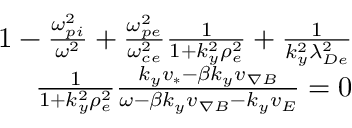
\begin{array} { r } { 1 - \frac { \omega _ { p i } ^ { 2 } } { \omega ^ { 2 } } + \frac { \omega _ { p e } ^ { 2 } } { \omega _ { c e } ^ { 2 } } \frac { 1 } { 1 + k _ { y } ^ { 2 } \rho _ { e } ^ { 2 } } + \frac { 1 } { k _ { y } ^ { 2 } \lambda _ { D e } ^ { 2 } } } \\ { \frac { 1 } { 1 + k _ { y } ^ { 2 } \rho _ { e } ^ { 2 } } \frac { k _ { y } v _ { * } - \beta k _ { y } v _ { \nabla B } } { \omega - \beta k _ { y } v _ { \nabla B } - k _ { y } v _ { E } } = 0 } \end{array}